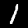
Label: 1